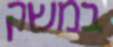
במשק